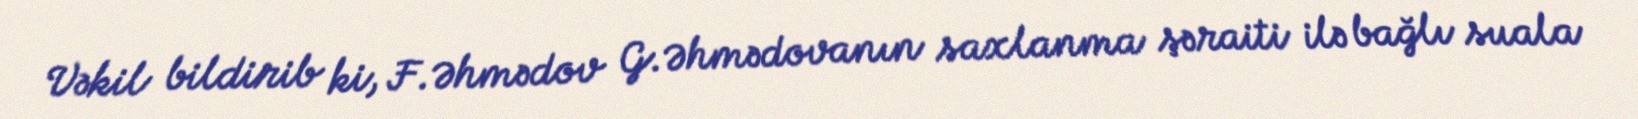
Vəkil bildirib ki, F.Əhmədov G.Əhmədovanın saxlanma şəraiti ilə bağlı suala